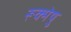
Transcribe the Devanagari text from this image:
रूक्मेषु